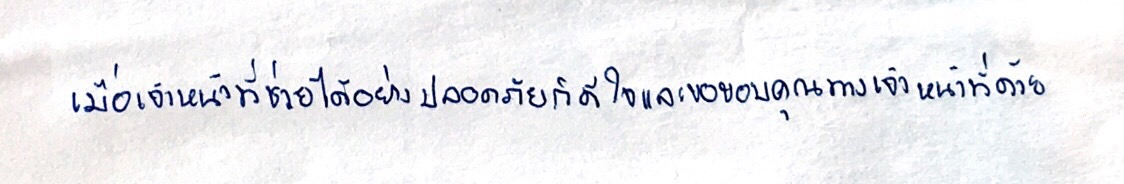
เมื่อเจ้าหน้าที่ช่วยได้อย่างปลอดภัยก็ดีใจและขอขอบคุณทางเจ้าหน้าที่ด้วย